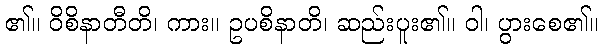
၏။ ဝိစိနာတီတိ၊ ကား။ ဥပစိနာတိ၊ ဆည်းပူး၏။ ဝါ၊ ပွားစေ၏။